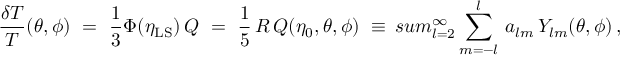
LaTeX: { \frac { \delta T } { T } } ( \theta , \phi ) \ = \ { \frac { 1 } { 3 } } \Phi ( \eta _ { \mathrm { L S } } ) \, Q \ = \ { \frac { 1 } { 5 } } \, { \cal R } \, Q ( \eta _ { 0 } , \theta , \phi ) \ \equiv \, s u m _ { l = 2 } ^ { \infty } \sum _ { m = - l } ^ { l } \, a _ { l m } \, Y _ { l m } ( \theta , \phi ) \, ,